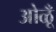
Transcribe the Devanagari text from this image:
ओळूँ